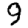
Digit: 9